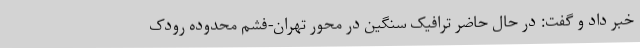
خبر داد و گفت: در حال حاضر ترافیک سنگین در محور تهران-فشم محدوده رودک